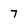
Character: 7